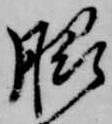
脇